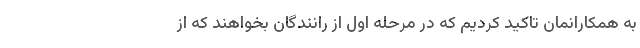
به همکارانمان تاکید کردیم که در مرحله اول از رانندگان بخواهند که از